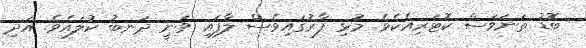
ބޮޑު ތަނަވަސް ކޮޓަރިއެކެވެ. މުޅި ފާރުގައިވެސް ލާފައި ވަނީ ދަނބު ކުލައެވެ. އަދި